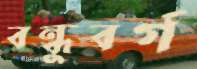
বন্ধুবর্গ